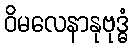
ဝိမလေနာနုဗုဒ္ဓံ